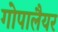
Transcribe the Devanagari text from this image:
गोपालैयर